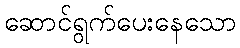
ဆောင်ရွက်ပေးနေသော